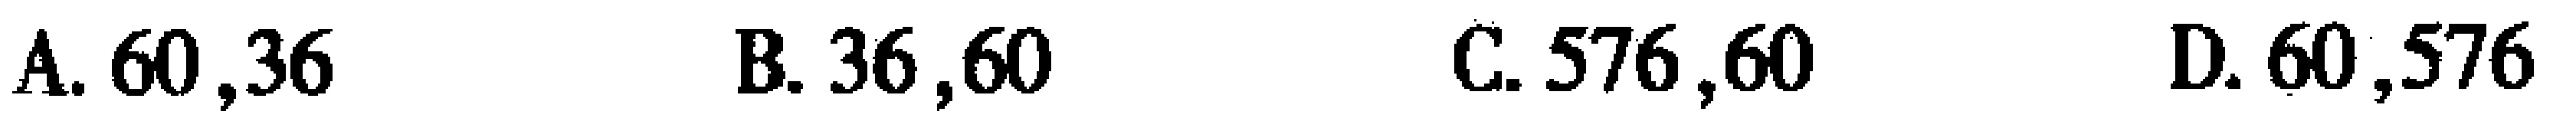
A. \(60,36\)  B. \(36,60\)  C. \(576,60\)  D. \(60,576\)